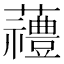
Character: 𱿆